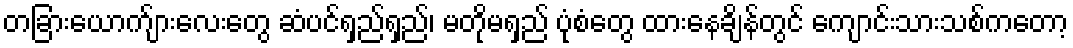
တခြားယောက်ျားလေးတွေ ဆံပင်ရှည်ရှည်၊ မတိုမရှည် ပုံစံတွေ ထားနေချိန်တွင် ကျောင်းသားသစ်ကတော့